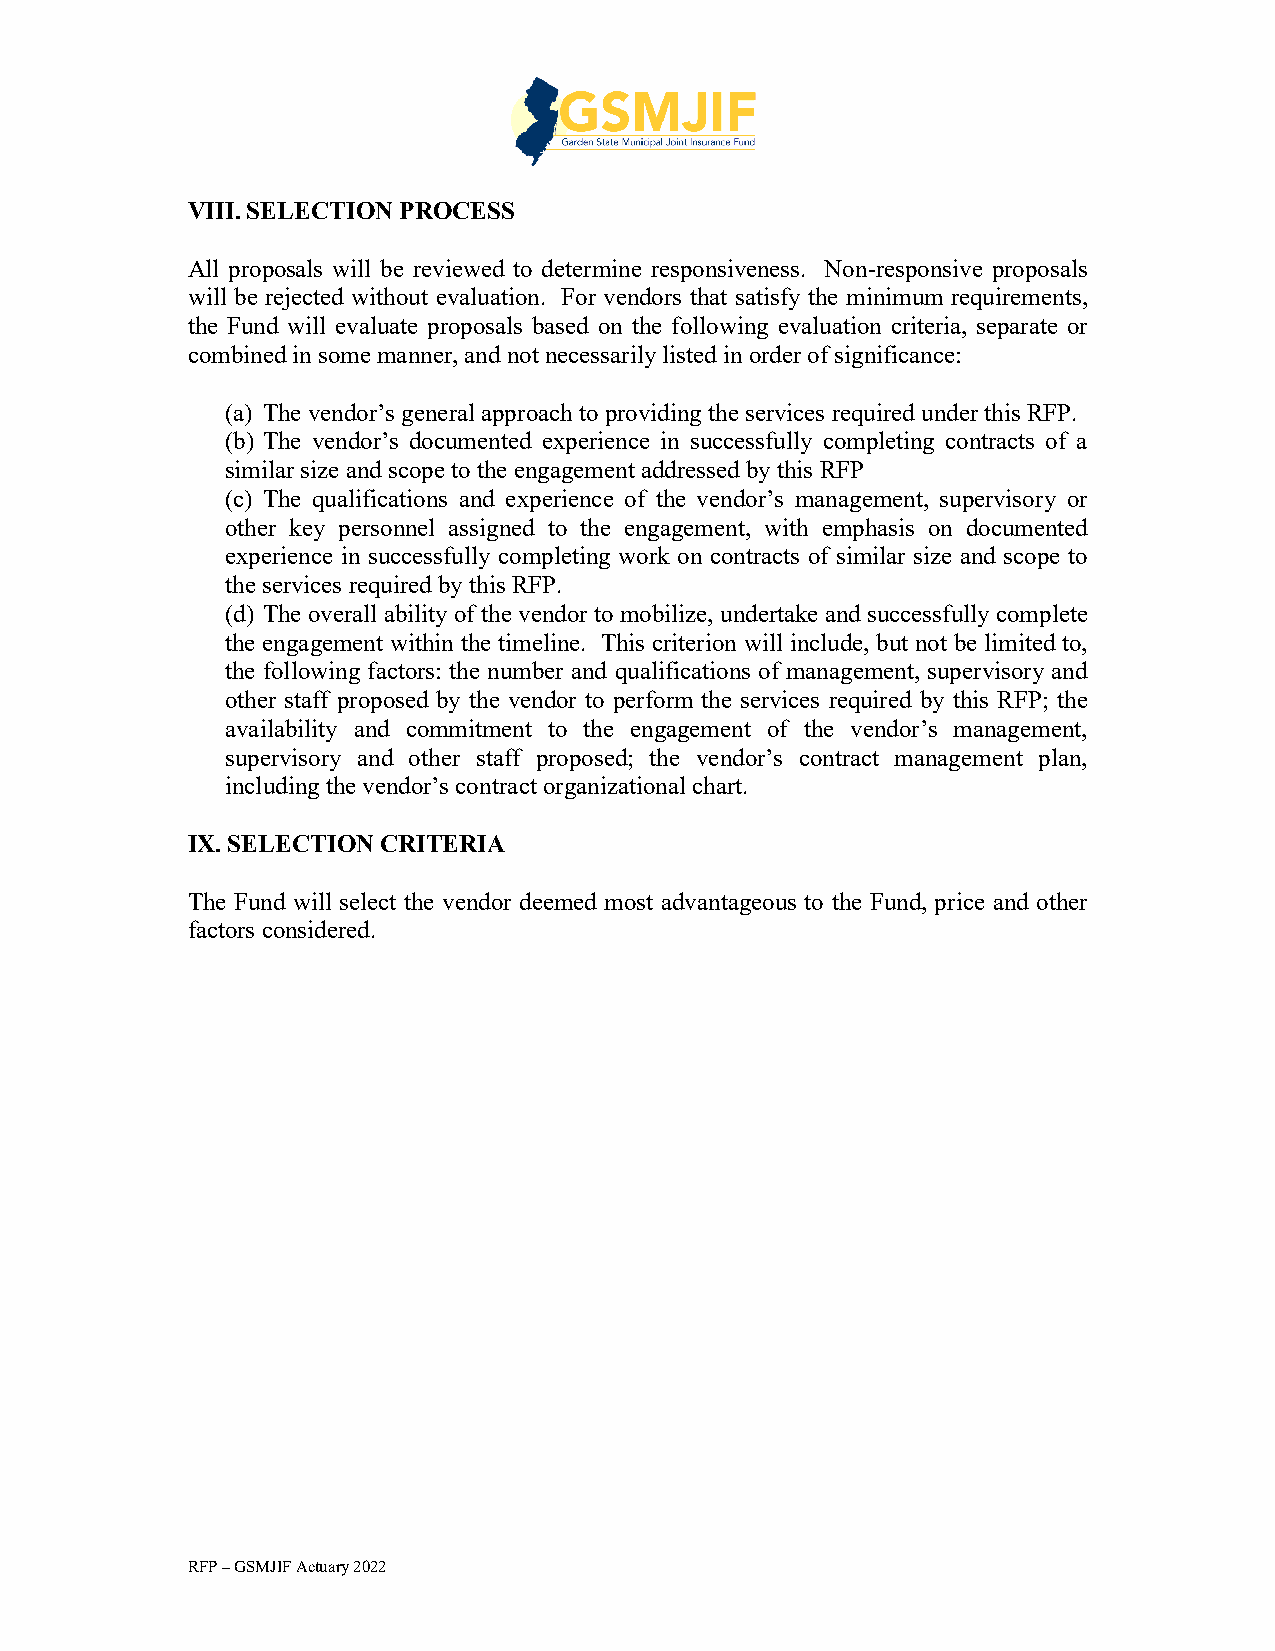
VIII. SELECTION PROCESS
 All proposals will be reviewed to determine responsiveness. Non-responsive proposals
 will be rejected without evaluation. For vendors that satisfy the minimum requirements,
 the Fund will evaluate proposals based on the following evaluation criteria, separate or
 combined in some manner, and not necessarily listed in order of significance:
 (a) The vendor’s general approach to providing the services required under this RFP.
 (b) The vendor’s documented experience in successfully completing contracts of a
 similar size and scope to the engagement addressed by this RFP
 (c) The qualifications and experience of the vendor’s management, supervisory or
 other key personnel assigned to the engagement, with emphasis on documented
 experience in successfully completing work on contracts of similar size and scope to
 the services required by this RFP.
 (d) The overall ability of the vendor to mobilize, undertake and successfully complete
 the engagement within the timeline. This criterion will include, but not be limited to,
 the following factors: the number and qualifications of management, supervisory and
 other staff proposed by the vendor to perform the services required by this RFP; the
 availability and commitment to the engagement of the vendor’s management,
 supervisory and other staff proposed; the vendor’s contract management plan,
 including the vendor’s contract organizational chart.
 IX. SELECTION CRITERIA
 The Fund will select the vendor deemed most advantageous to the Fund, price and other
 factors considered.
 RFP – GSMJIF Actuary 2022